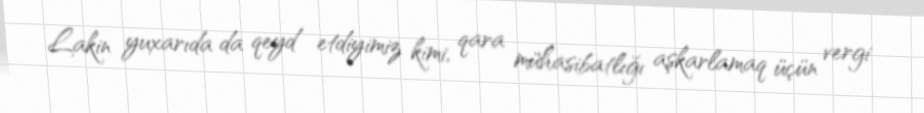
Lakin yuxarıda da qeyd etdiyimiz kimi, qara mühasibatlığı aşkarlamaq üçün vergi